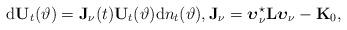
LaTeX: \begin{align*} \mathrm{d}\mathbf{U}_t(\vartheta)=\mathbf{J}_\nu(t)\mathbf{U}_t(\vartheta)\mathrm{d}n_t(\vartheta),\mathbf{J}_\nu=\boldsymbol{\upsilon}_\nu^\star\mathbf{L}\boldsymbol{\upsilon}_\nu-\mathbf{K}_0,\end{align*}